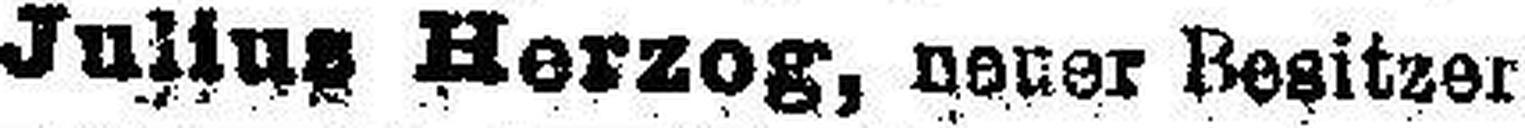
Julius Herzog, neuer Besitzer